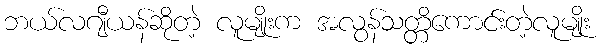
ဘယ်လဂျီယန်ဆိုတဲ့ လူမျိုးက အလွန်သတ္တိကောင်းတဲ့လူမျိုး